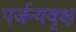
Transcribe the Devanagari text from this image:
पर्जन्यवृक्ष